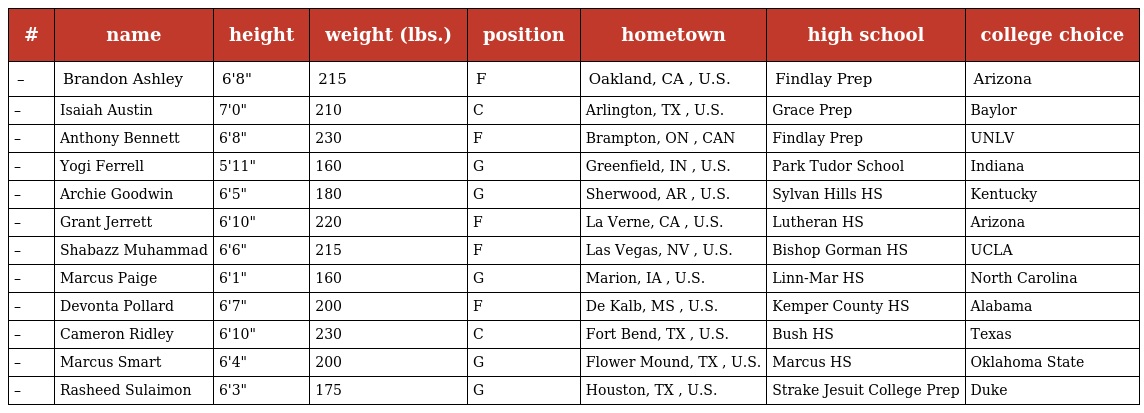
| # | name | height | weight (lbs.) | position | hometown | high school | college choice |
 | --- | --- | --- | --- | --- | --- | --- | --- |
 | – | Brandon Ashley | 6'8" | 215 | F | Oakland, CA , U.S. | Findlay Prep | Arizona |
 | – | Isaiah Austin | 7'0" | 210 | C | Arlington, TX , U.S. | Grace Prep | Baylor |
 | – | Anthony Bennett | 6'8" | 230 | F | Brampton, ON , CAN | Findlay Prep | UNLV |
 | – | Yogi Ferrell | 5'11" | 160 | G | Greenfield, IN , U.S. | Park Tudor School | Indiana |
 | – | Archie Goodwin | 6'5" | 180 | G | Sherwood, AR , U.S. | Sylvan Hills HS | Kentucky |
 | – | Grant Jerrett | 6'10" | 220 | F | La Verne, CA , U.S. | Lutheran HS | Arizona |
 | – | Shabazz Muhammad | 6'6" | 215 | F | Las Vegas, NV , U.S. | Bishop Gorman HS | UCLA |
 | – | Marcus Paige | 6'1" | 160 | G | Marion, IA , U.S. | Linn-Mar HS | North Carolina |
 | – | Devonta Pollard | 6'7" | 200 | F | De Kalb, MS , U.S. | Kemper County HS | Alabama |
 | – | Cameron Ridley | 6'10" | 230 | C | Fort Bend, TX , U.S. | Bush HS | Texas |
 | – | Marcus Smart | 6'4" | 200 | G | Flower Mound, TX , U.S. | Marcus HS | Oklahoma State |
 | – | Rasheed Sulaimon | 6'3" | 175 | G | Houston, TX , U.S. | Strake Jesuit College Prep | Duke |